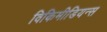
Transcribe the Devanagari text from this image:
विकिमीडियन्स